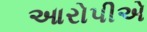
આરોપીએ